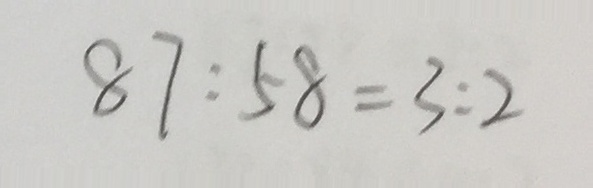
8 7 : 5 8 = 3 : 2